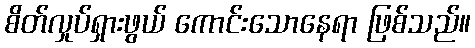
စိတ်လှုပ်ရှားဖွယ် ကောင်းသောနေရာ ဖြစ်သည်။